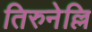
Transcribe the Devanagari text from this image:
तिरुनेल्लि